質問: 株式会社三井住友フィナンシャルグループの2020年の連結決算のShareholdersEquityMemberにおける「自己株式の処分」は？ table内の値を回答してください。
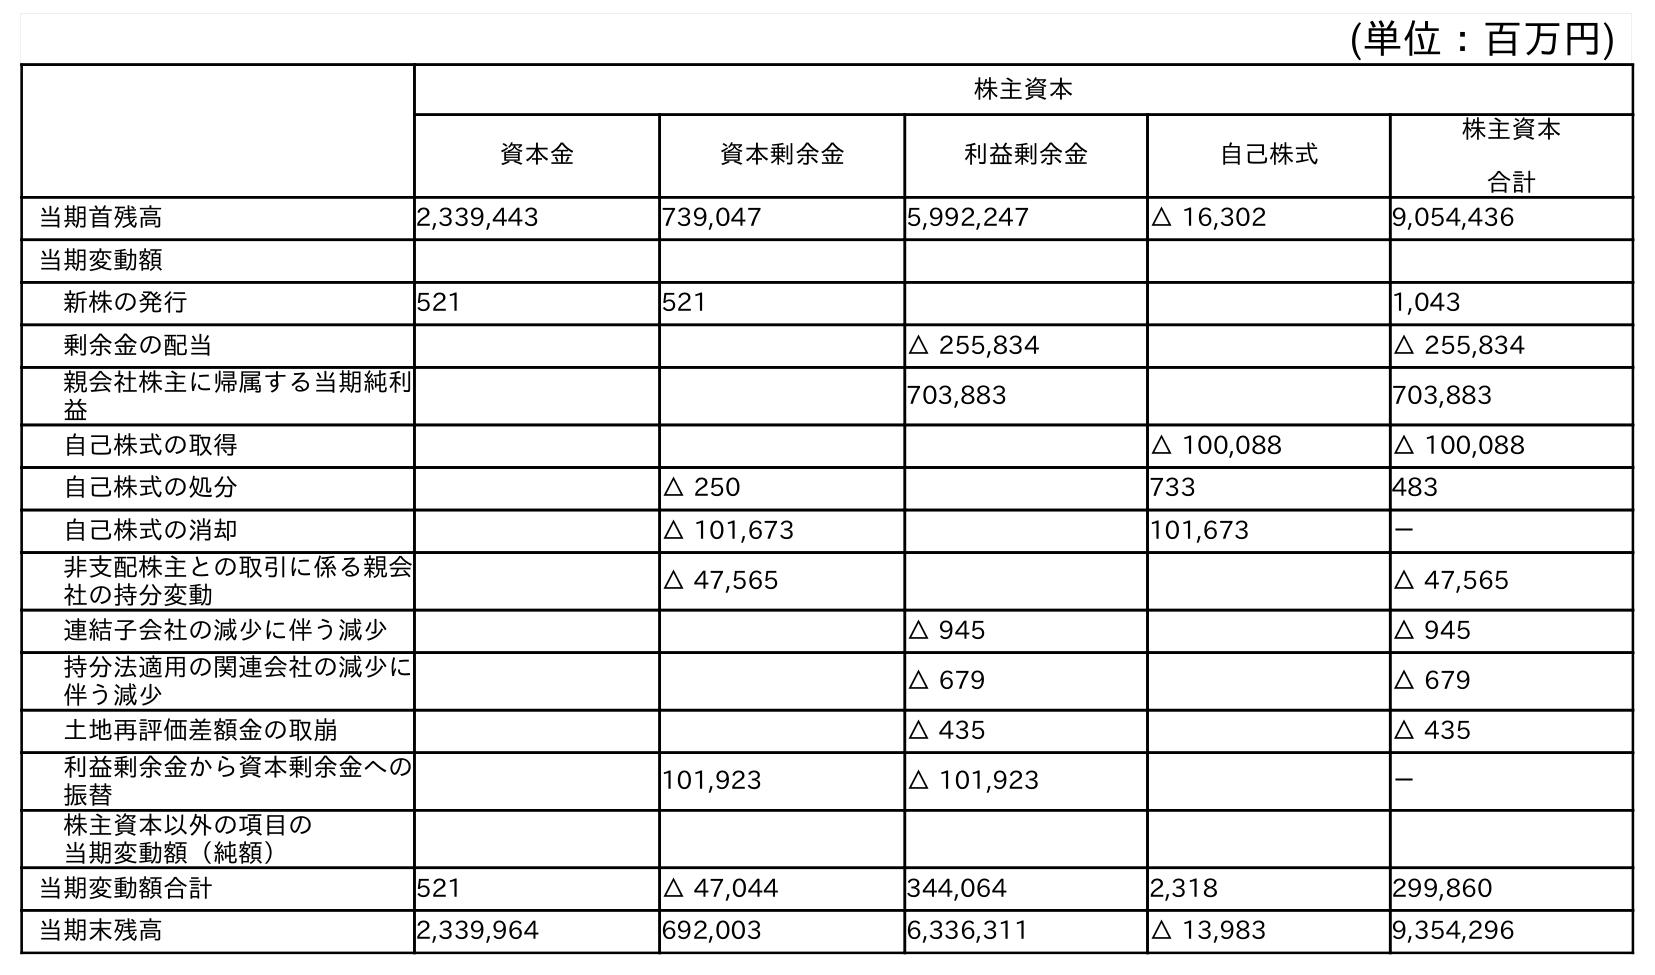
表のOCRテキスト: (単位：百万円) 株主資本 資本金 資本剰余金 利益剰余金 自己株式 株主資本 合計 当期首残高 2,339,443 739,047 5,992,247 △ 16,302 9,054,436 当期変動額 新株の発行 521 521 1,043 剰余金の配当 △ 255,834 △ 255,834 親会社株主に帰属する当期純利 益 703,883 703,883 自己株式の取得 △ 100,088 △ 100,088 自己株式の処分 △ 250 733 483 自己株式の消却 △ 101,673 101,673 － 非支配株主との取引に係る親会 社の持分変動 △ 47,565 △ 47,565 連結子会社の減少に伴う減少 △ 945 △ 945 持分法適用の関連会社の減少に 伴う減少 △ 679 △ 679 土地再評価差額金の取崩 △ 435 △ 435 利益剰余金から資本剰余金への 振替 101,923 △ 101,923 － 株主資本以外の項目の 当期変動額（純額） 当期変動額合計 521 △ 47,044 344,064 2,318 299,860 当期末残高 2,339,964 692,003 6,336,311 △ 13,983 9,354,296
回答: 483